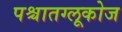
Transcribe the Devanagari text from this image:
पश्चातग्लूकोज